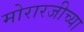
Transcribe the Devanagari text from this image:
मोरारजीच्या